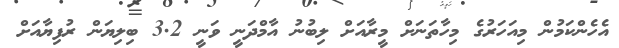
އެހެންކަމުން މިއަހަރުގެ މިހާތަނަށް މީރާއަށް ލިބުނު އާމްދަނީ ވަނީ 3.2 ބިލިޔަން ރުފިޔާއަށް